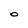
Character: 0